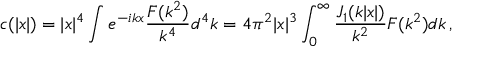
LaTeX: c ( | x | ) = | x | ^ { 4 } \int e ^ { - i k x } \frac { { \cal F } ( k ^ { 2 } ) } { k ^ { 4 } } d ^ { 4 } k = 4 \pi ^ { 2 } | x | ^ { 3 } \int _ { 0 } ^ { \infty } \frac { J _ { 1 } ( k | x | ) } { k ^ { 2 } } { \cal F } ( k ^ { 2 } ) d k \, ,